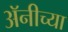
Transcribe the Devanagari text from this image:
अॅनीच्या